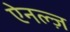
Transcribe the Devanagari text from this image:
ऐनल्ज़